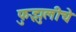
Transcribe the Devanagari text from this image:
फुझुलीचे